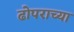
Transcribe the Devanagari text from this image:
ढोपराच्या